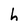
Character: h